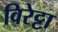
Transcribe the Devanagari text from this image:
विरेट्टा